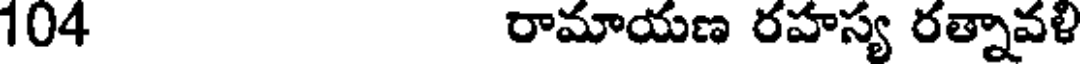
104 రామాయణ రహస్య రత్నావళి